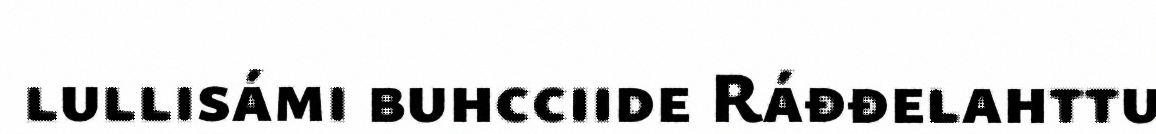
lullisámi buhcciide Ráđđelahttu